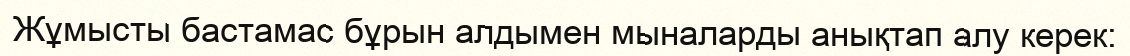
Жұмысты бастамас бұрын алдымен мыналарды анықтап алу керек: